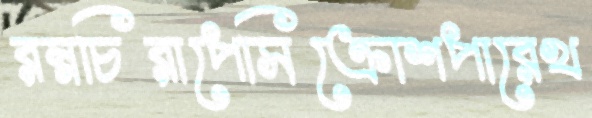
রম্নচিরাপেসিক্রোশপারেখ